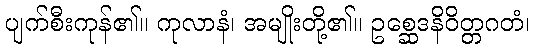
ပျက်စီးကုန်၏။ ကုလာနံ၊ အမျိုးတို့၏။ ဥစ္ဆေဒနိဝိတ္တဂတံ၊